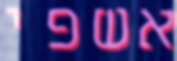
אשפי